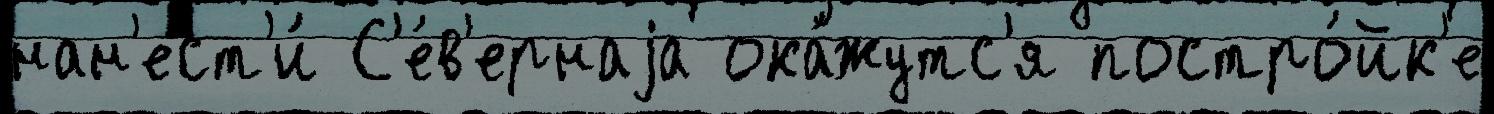
нан'ест'и́ С'е́в'ернаjа ока́жутс'я постро́йк'е